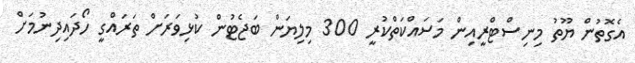
އެގޮތުން ޔޫތު މިނިސްޓްރީއިން މަސައްކަތްކުރީ 300 މިލިޔަން ބަޖެޓުން ކުޅިވަރަށް ތަރައްގީ ހޯދައިދިނުމަށް